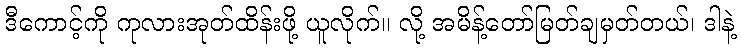
ဒီကောင့်ကို ကုလားအုတ်ထိန်းဖို့ ယူလိုက်။ လို့ အမိန့်တော်မြတ်ချမှတ်တယ်၊ ဒါနဲ့